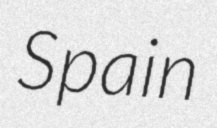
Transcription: Spain